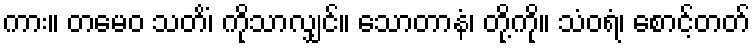
ကား။ တမေဝ သတိံ၊ ကိုသာလျှင်။ သောတာနံ၊ တို့ကို။ သံဝရံ၊ စောင့်တတ်